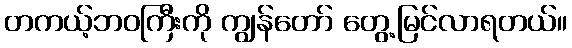
တကယ့်ဘဝကြီးကို ကျွန်တော် တွေ့မြင်လာရတယ်။